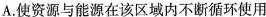
A.使资源与能源在该区域内不断循环使用